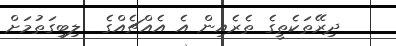
ދިރޭތަކެތީގެ ތެރެއިން އެ އެއްޗެއްގެ  ލިބިގަތުމަށް